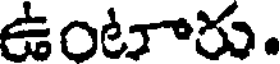
ఉంటారు.